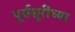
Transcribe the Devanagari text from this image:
पूर्वसूरींच्या